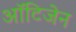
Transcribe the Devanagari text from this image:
ऑटिजेन